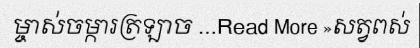
ម្ចាស់ចម្ការត្រឡាច ...Read More »សត្វពស់